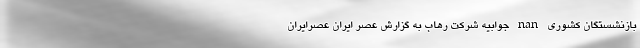
بازنشستگان کشوری nan جوابیه شرکت رهاب به گزارش عصر ایران عصرایران